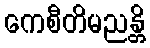
ကေစီတိမညန္တိ